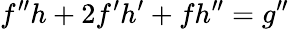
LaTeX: f^{\prime\prime}h+2f^{\prime}h^{\prime}+fh^{\prime\prime}=g^{\prime\prime}